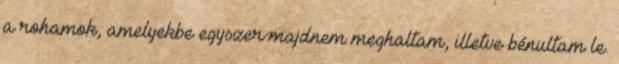
a rohamok, amelyekbe egyszer majdnem meghaltam, illetve bénultam le.